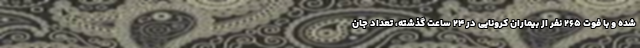
شده و با فوت ۲۶۵ نفر از بیماران کرونایی در ۲۴ ساعت گذشته، تعداد جان